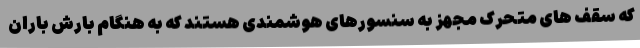
که سقف های متحرک مجهز به سنسورهای هوشمندی هستند که به هنگام بارش باران